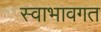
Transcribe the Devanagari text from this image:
स्वाभावगत